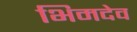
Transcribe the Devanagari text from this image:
भिमदेव